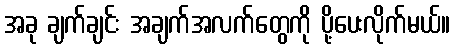
အခု ချက်ချင်း အချက်အလက်တွေကို ပို့ပေးလိုက်မယ်။